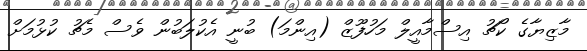
މާޒިޔާގެ ކޯޗު އިސްމާއީލް މަހުފޫޒް (އިންމަ) ބުނީ އެކުލަބުން ވެސް މެޗު ކުޅުމަށް